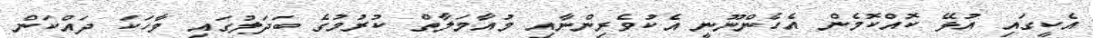
އެކީގައި އުޅޭ ކޮއްކޮމެން އެހެންނޫނީ އެކުވެރިންނާއި މުއާމަލާތް ކުރުމުގެ ބަދަލުގައި ވާހަކަ ދައްކަން